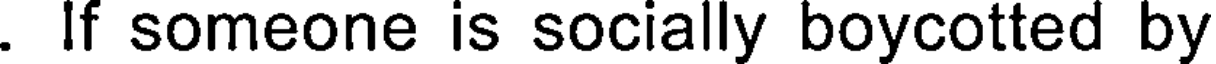
. If someone is socially boycotted by